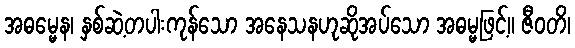
အဓမ္မေန၊ နှစ်ဆဲ့တပါးကုန်သော အနေသနဟုဆိုအပ်သော အဓမ္မဖြင့်။ ဇီဝတိ၊